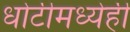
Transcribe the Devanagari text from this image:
धोटीमध्येही